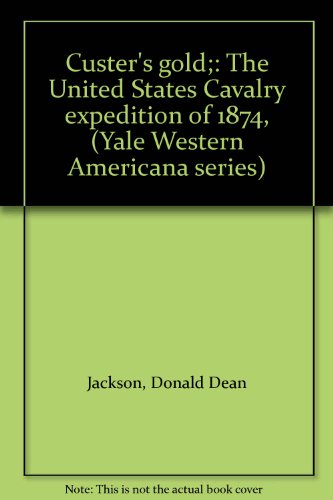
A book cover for Custer's gold;: The United States Cavalry expedition of 1874, (Yale Western Americana series); Donald Dean Jackson; Travel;